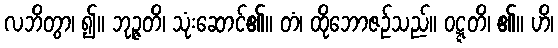
လဘိတွာ၊ ၍။ ဘုဉ္ဇတိ၊ သုံးဆောင်၏။ တံ၊ ထိုဘောဇဉ်သည်။ ဝဋ္ဋတိ၊ ၏။ ဟိ၊